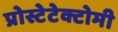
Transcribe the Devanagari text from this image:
प्रोस्टेटेक्टोमी